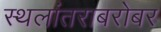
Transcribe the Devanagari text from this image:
स्थलांतराबरोबर